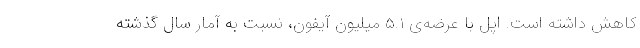
کاهش داشته است. اپل با عرضه‌ی ۵.۱ میلیون آیفون، نسبت به آمار سال گذشته